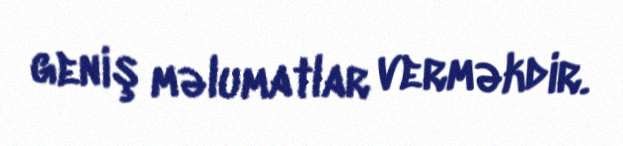
geniş məlumatlar verməkdir.